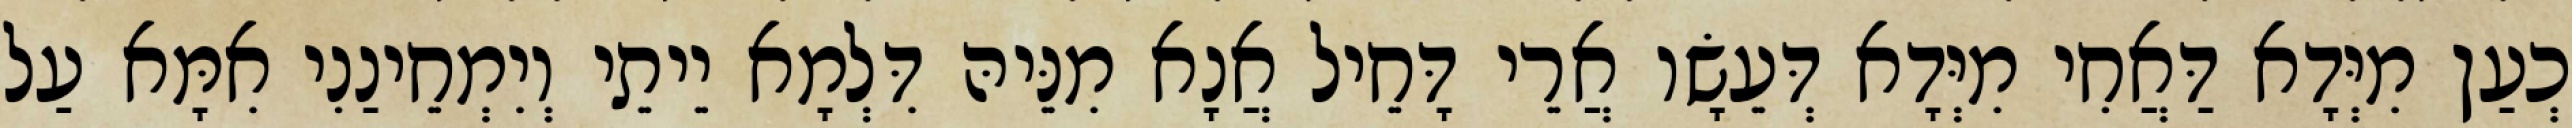
כְעַן מִיְּדָא דַּאֲחִי מִיְּדָא דְּעֵשָׂו אֲרֵי דָּחֵיל אֲנָא מִנֵּיהּ דִּלְמָא יֵיתֵי וְיִמְחֵינַנִי אִמָּא עַל